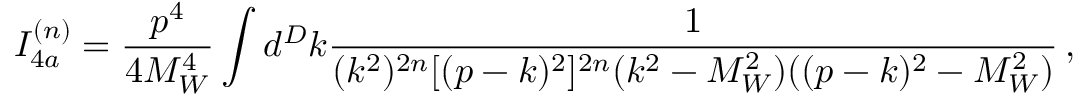
I _ { 4 a } ^ { ( n ) } = \frac { p ^ { 4 } } { 4 M _ { W } ^ { 4 } } \int d ^ { D } k \frac { 1 } { ( k ^ { 2 } ) ^ { 2 n } [ ( p - k ) ^ { 2 } ] ^ { 2 n } ( k ^ { 2 } - M _ { W } ^ { 2 } ) ( ( p - k ) ^ { 2 } - M _ { W } ^ { 2 } ) } \, ,